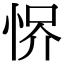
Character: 𢚻